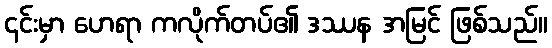
၎င်းမှာ ဟေရာ ကလိုက်တပ်၏ ဒဿန အမြင် ဖြစ်သည်။